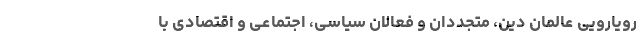
رویارویی عالمان دین، متجددان و فعالان سیاسی، اجتماعی و اقتصادی با